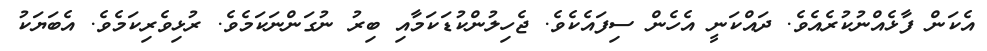
އެކަން ފާޅެއްނުކުރެއެވެ. ދައްކަނީ އެހެން ސިފައެކެވެ. ޖެހިލުންކުޑަކަމާއި ބިރު ނުގަންނަކަމެވެ. ރުޅިވެރިކަމެވެ. އެބަޔަކު